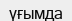
үғымда